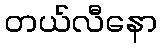
တယ်လီနော